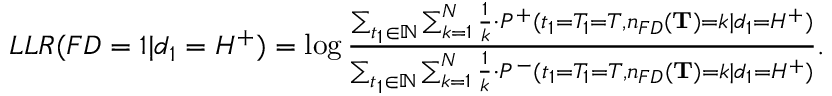
\begin{array} { r } { L L R ( F D = 1 | d _ { 1 } = H ^ { + } ) = \log \frac { \sum _ { t _ { 1 } \in \mathbb { N } } \sum _ { k = 1 } ^ { N } \frac { 1 } { k } \cdot P ^ { + } ( t _ { 1 } = T _ { 1 } = T , n _ { F D } ( \mathbf { T } ) = k | d _ { 1 } = H ^ { + } ) } { \sum _ { t _ { 1 } \in \mathbb { N } } \sum _ { k = 1 } ^ { N } \frac { 1 } { k } \cdot P ^ { - } ( t _ { 1 } = T _ { 1 } = T , n _ { F D } ( \mathbf { T } ) = k | d _ { 1 } = H ^ { + } ) } . } \end{array}